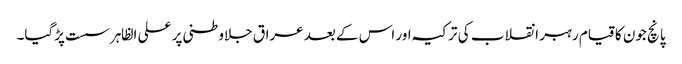
پانچ جون کا قیام رہبر انقلاب کی ترکیہ اور اس کے بعد عراق جلاوطنی پر علی الظاہر سست پڑگیا۔